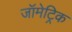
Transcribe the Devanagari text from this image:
जॉमेट्रिक